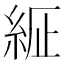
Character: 𦀍